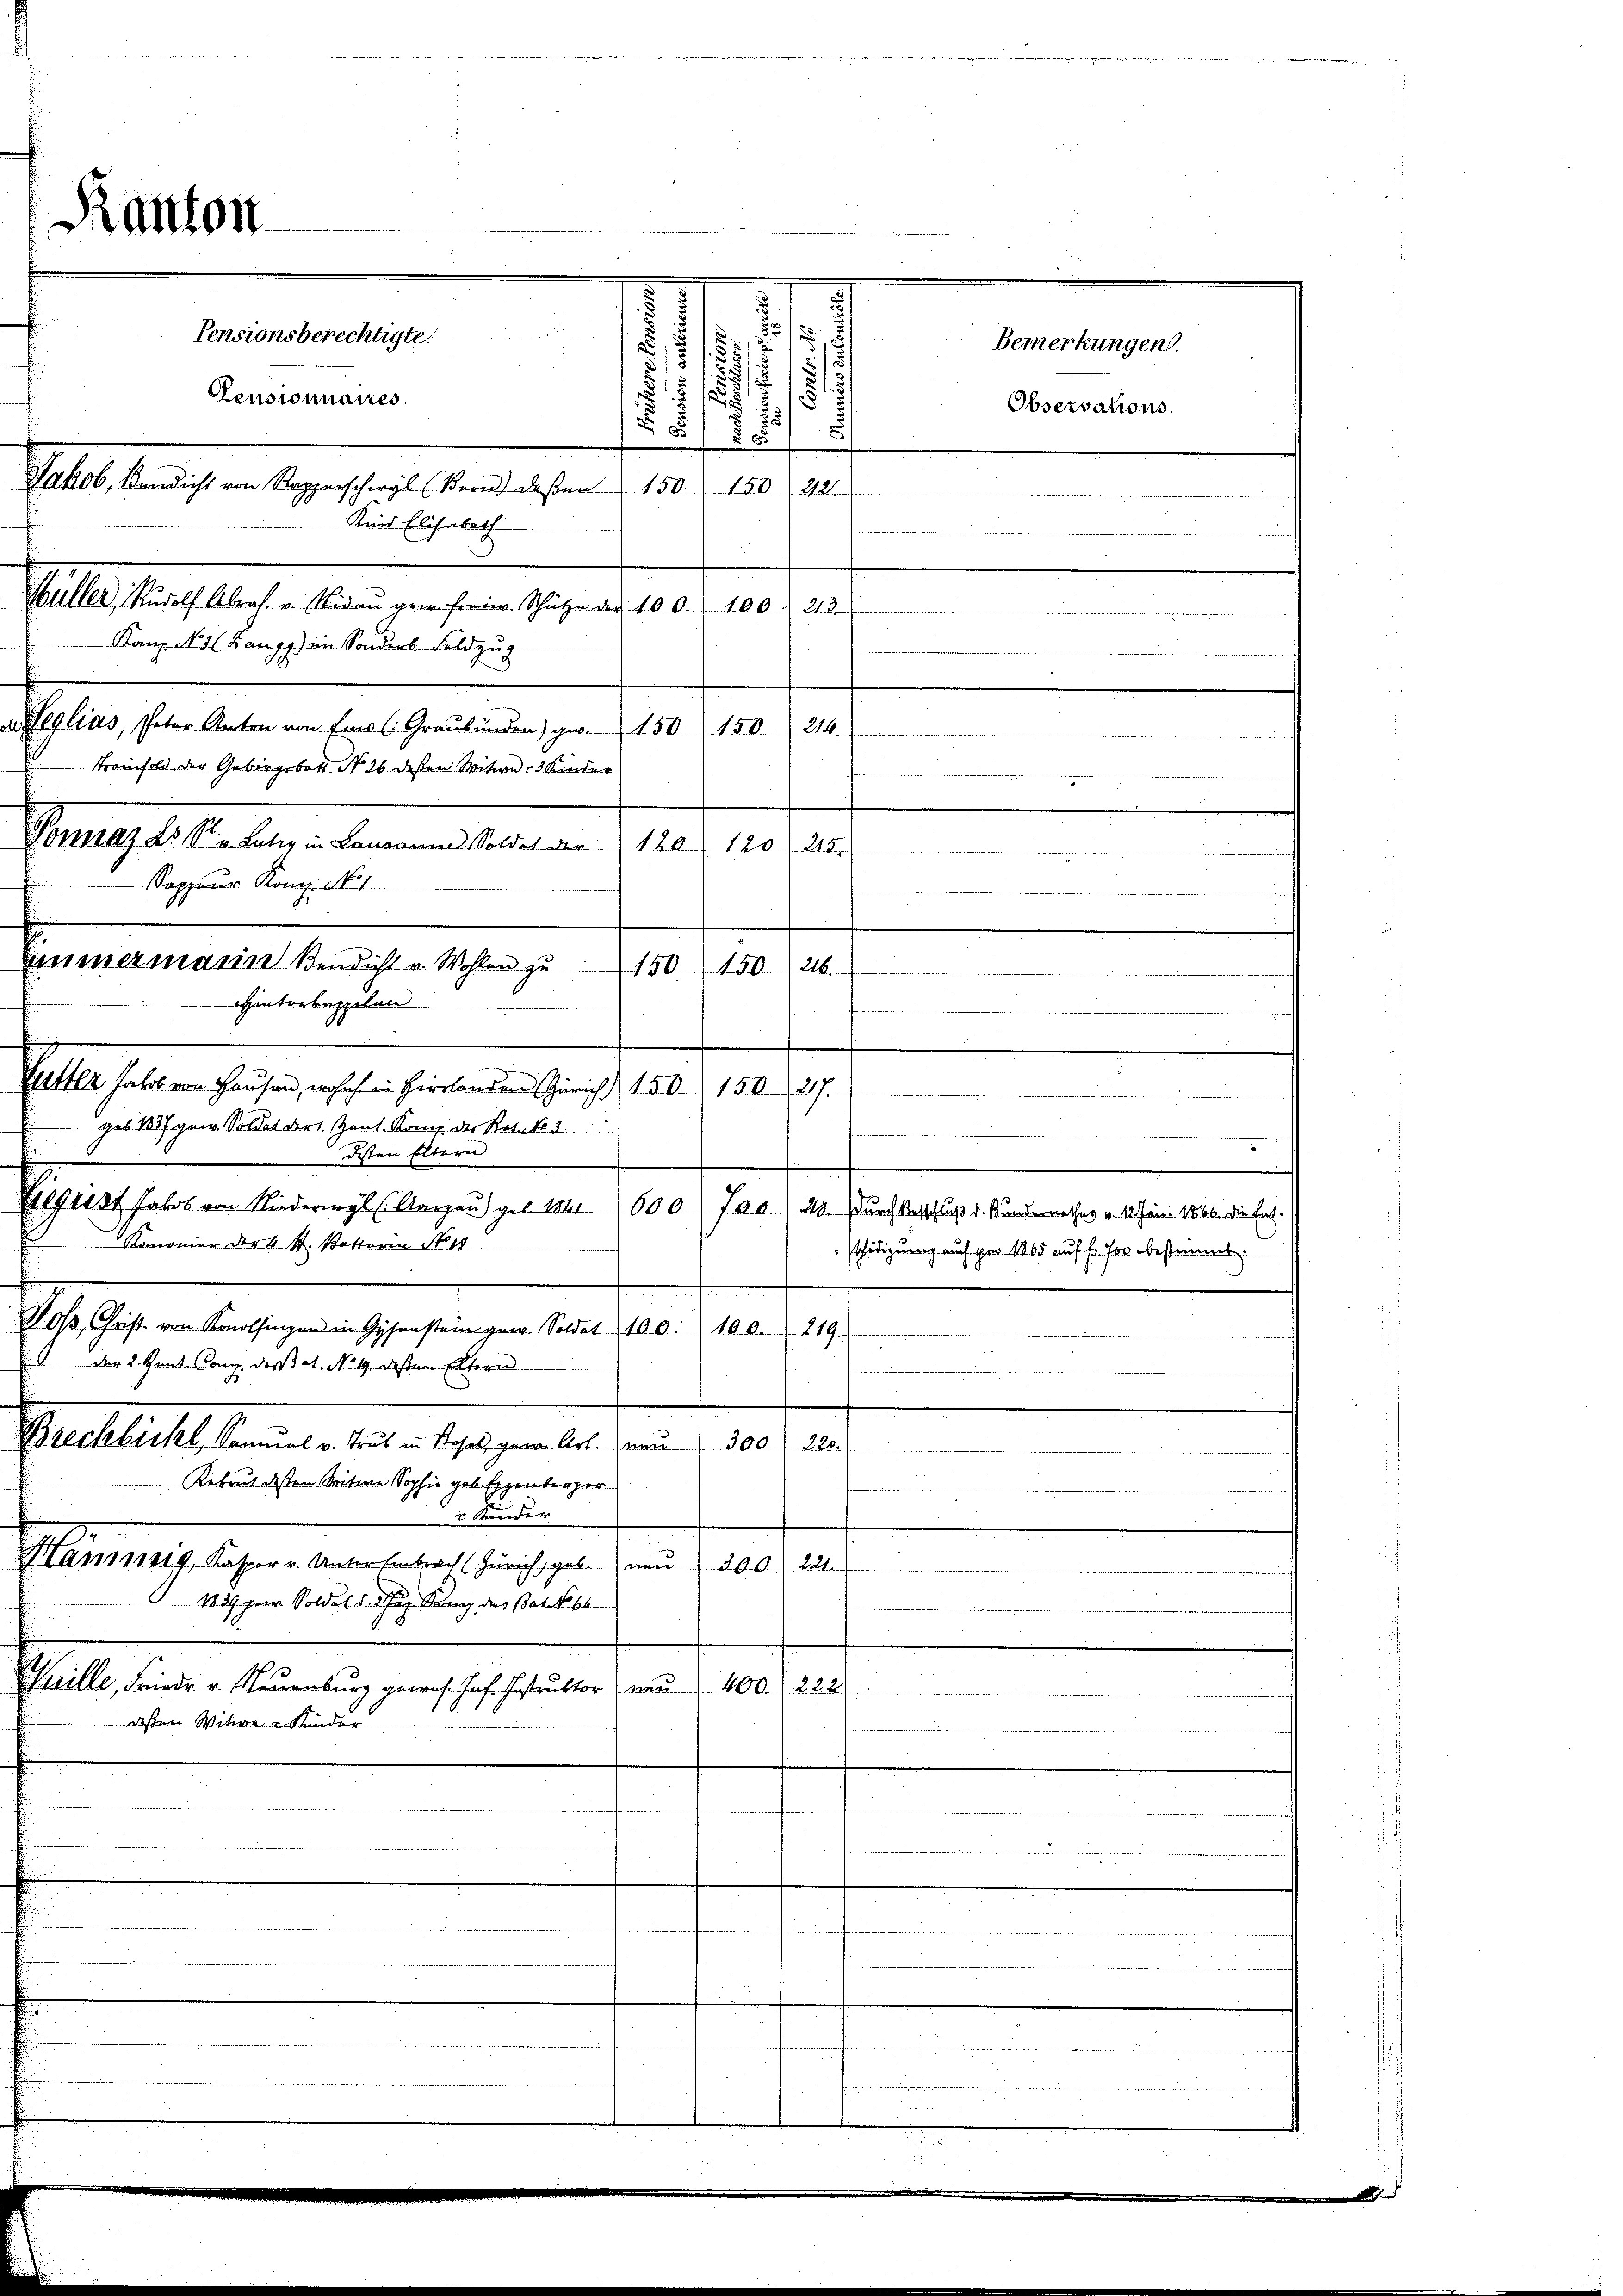
.
.
,
57
/5
13
Pensionnaires.
5 1/
8

Jakob, Bendicht von Rapperschwyl (Bern deßen 150. 150, 22.
Kind Elisabeth
Güller, Rudolf Abrah. v. Nidau gem. Freien. Schütze der 10. d. 100. d. 213.
Kanz. No 5 ( Zangg) im Sonders Feldzug.
a. Heglias Peter Anton von Eins (Graubünden) ge. 150. 150. 214.
Fraisold. Der Gebirgsbatt No 26. deßen Witwe 3 Kinder
e
Sontag u. stellen der eine 200. an. 159. 123. 24.
Sappeur Kons. No. 1.
150150. 216.
HHinterbeppilen
Guetter habe von Hausen, wo ich in Hirslanden Zürich   150. 150. 27.
geb. 1857 gew. Soldat der 1. Zent. Komp. der Retek 3
desten Eltern
.
Begrist Jakob von Niederwyl (Aargau geb. 1841. 600. 700 (48. Durch Verschuß v. Kunderrecher v. 10. Jan. 166. die fal¬
Kommonier der 4 St. Vetteria No. 18
sschädigung auf pro 1865 auf fr. for bestimmt.
Voβ, Christ von Konolfingen in Gysenstein gew. Soldet 100. 100. 219.
 der 2. Grat. Comp. des et. No. 19. desten Eltern
uelleicht stamenten aber 1790 n 1. den 10. d.
2
Rekrut dessen Seitere Sophie geb. Eggenberger
2 Ständer
Hannig, Kaspar u. Unter Embrach (Zürich, geb. neŭ 300. 221.
1839 hrer Soldat v. 2. Jan. Kann des Bat. No 66
Stall seiner Meinung der sich einer am 10. d.
dessen Witwe Kinder
n
n
en

Ranton

Eimmermann Bendicht v. Wohlen zu

e
Pensionsberechtigte.

Bemerkungen.
Observations.